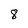
Character: 8